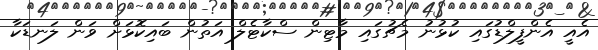
އެއީ އެންފީލްޑުގައި ކުޅުނު މެޗުގައި މާޓިން ސްކާޓެލް އަތުން ބައިކޮޅަށް ވަން ލަނޑަކާ